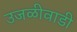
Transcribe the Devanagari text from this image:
उजळीवाडी